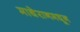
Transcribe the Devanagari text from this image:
माथेरानमधून